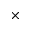
\times